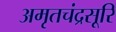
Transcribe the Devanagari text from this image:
अमृतचंद्रसूरि